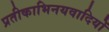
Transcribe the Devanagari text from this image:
प्रतीकाभिनयवादियों